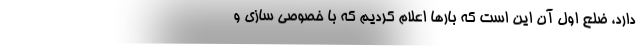
دارد، ضلع اول آن این است که بارها اعلام کردیم که با خصوصی سازی و